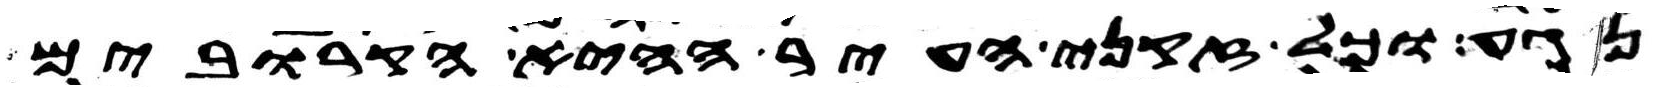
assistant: נגע וכל זקני העיר הקרובים